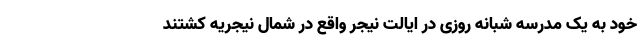
خود به یک مدرسه شبانه روزی در ایالت نیجر واقع در شمال نیجریه کشتند